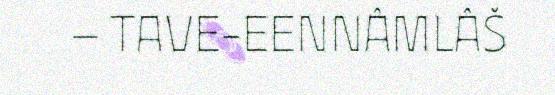
– TAVE-EENNÂMLÂŠ